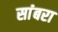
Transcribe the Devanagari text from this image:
सांंबरा